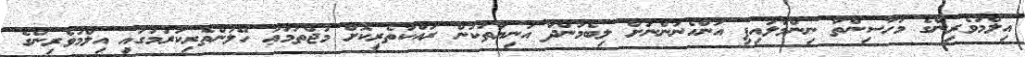
އިލްމުވެރިންގެ މަހާސިންތާ ނިންމާލައިފި އަންހެނުންނަށް ލިބެމުންދާ އަނިޔާތަކުން ރައްކާތެރިކޮށް މުޖްތަމަޢު ހޭލުންތެރިކުރުމުގައި އިލްމުވެރިންގެ